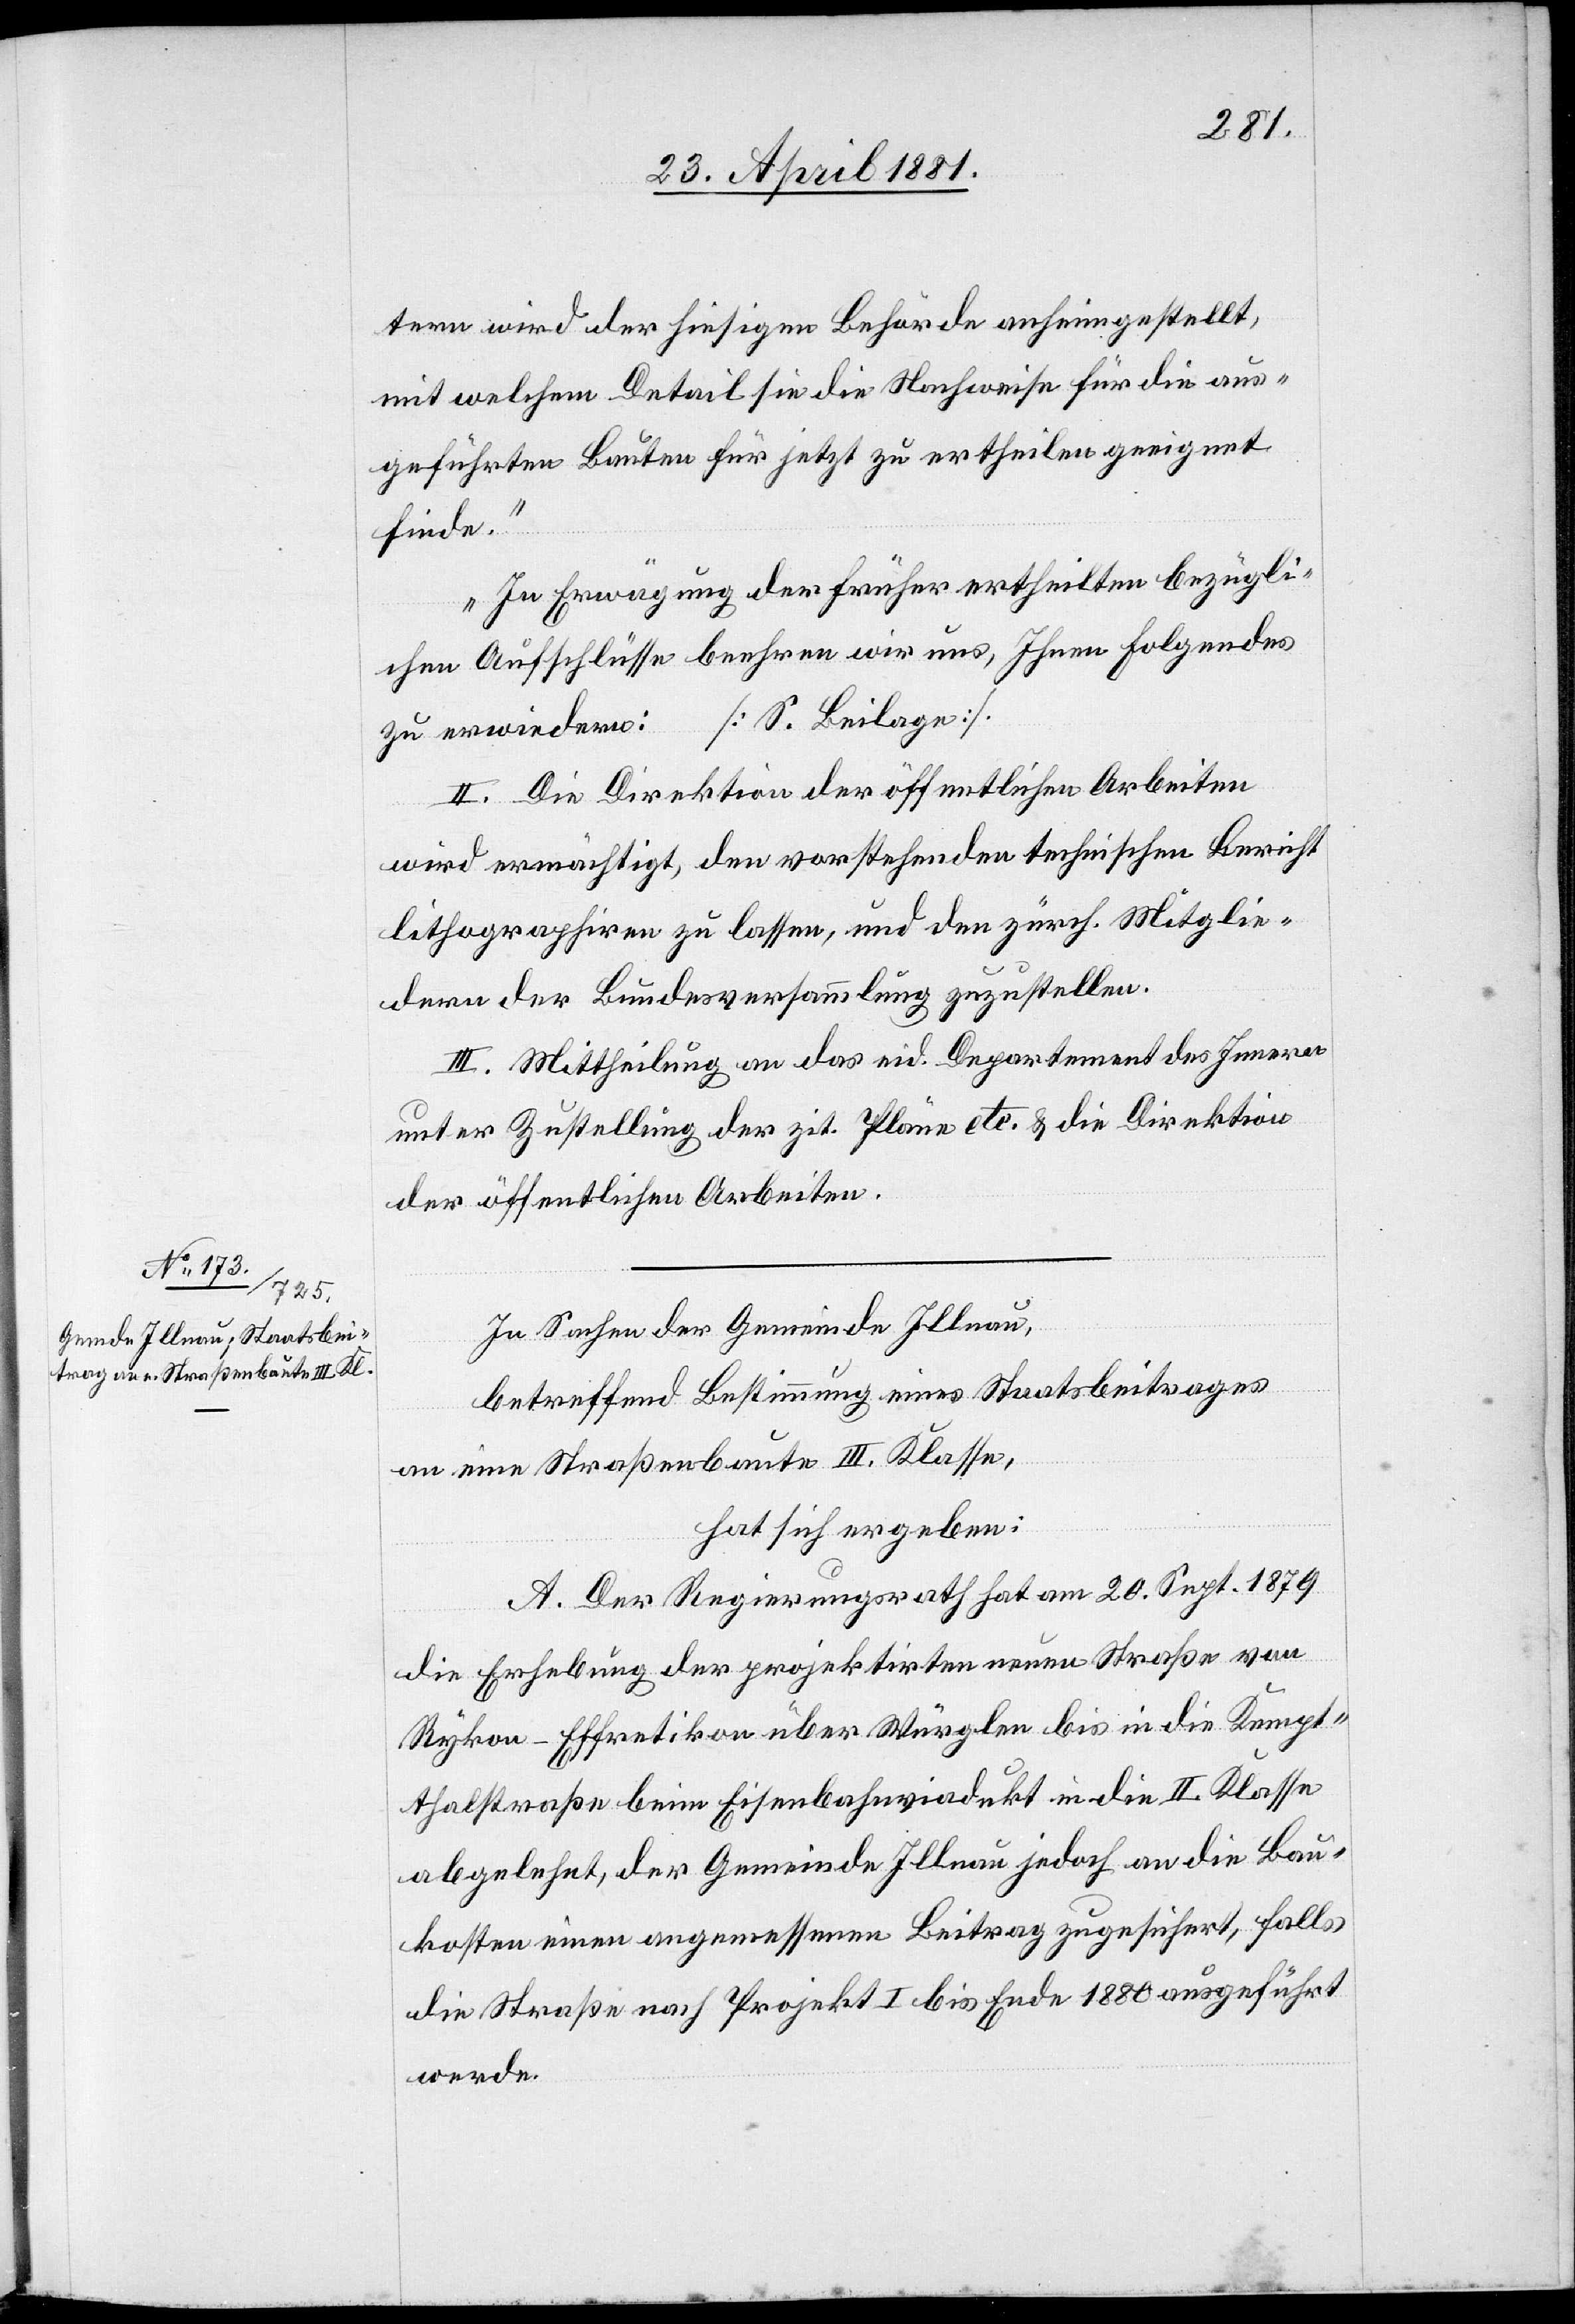
In Sachen der Gemeinde Illnau,
betreffend Bestimmung eines Staatsbeitrages
an eine Straßenbaute III. Klasse,
hat sich ergeben:
A. Der Regierungsrath, hat am 20. Sept. 1879
die Erhebung der projektirten neuen Straße von
Rykon - Effretikon über Würglen bis in die Kempt¬
thalstraße beim Eisenbahnviadukt in die II. Klasse
abgelehnt, der Gemeinde Illnau jedoch an die Bau¬
kosten einen angemessenen Beitrag zugesichert, falls
die Straße nach Projekt I bis Ende 1880 ausgeführt
werde.